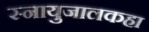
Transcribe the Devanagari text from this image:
स्नायुजालकहा